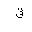
Letter: _qaf